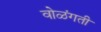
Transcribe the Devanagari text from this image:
वोळंगती